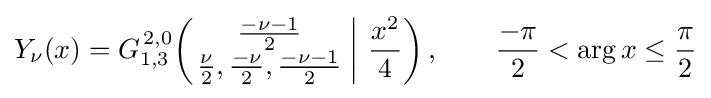
Y_{\nu }(x)=G_{1,3}^{\,2,0}\!\left(\left.{\begin{matrix}{\frac {-\nu -1}{2}}\\{\frac {\nu }{2}},{\frac {-\nu }{2}},{\frac {-\nu -1}{2}}\end{matrix}}\;\right|\,{\frac {x^{2}}{4}}\right),\qquad {\frac {-\pi }{2}}<\arg x\leq {\frac {\pi }{2}}